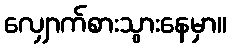
လျှောက်စားသွားနေမှာ။